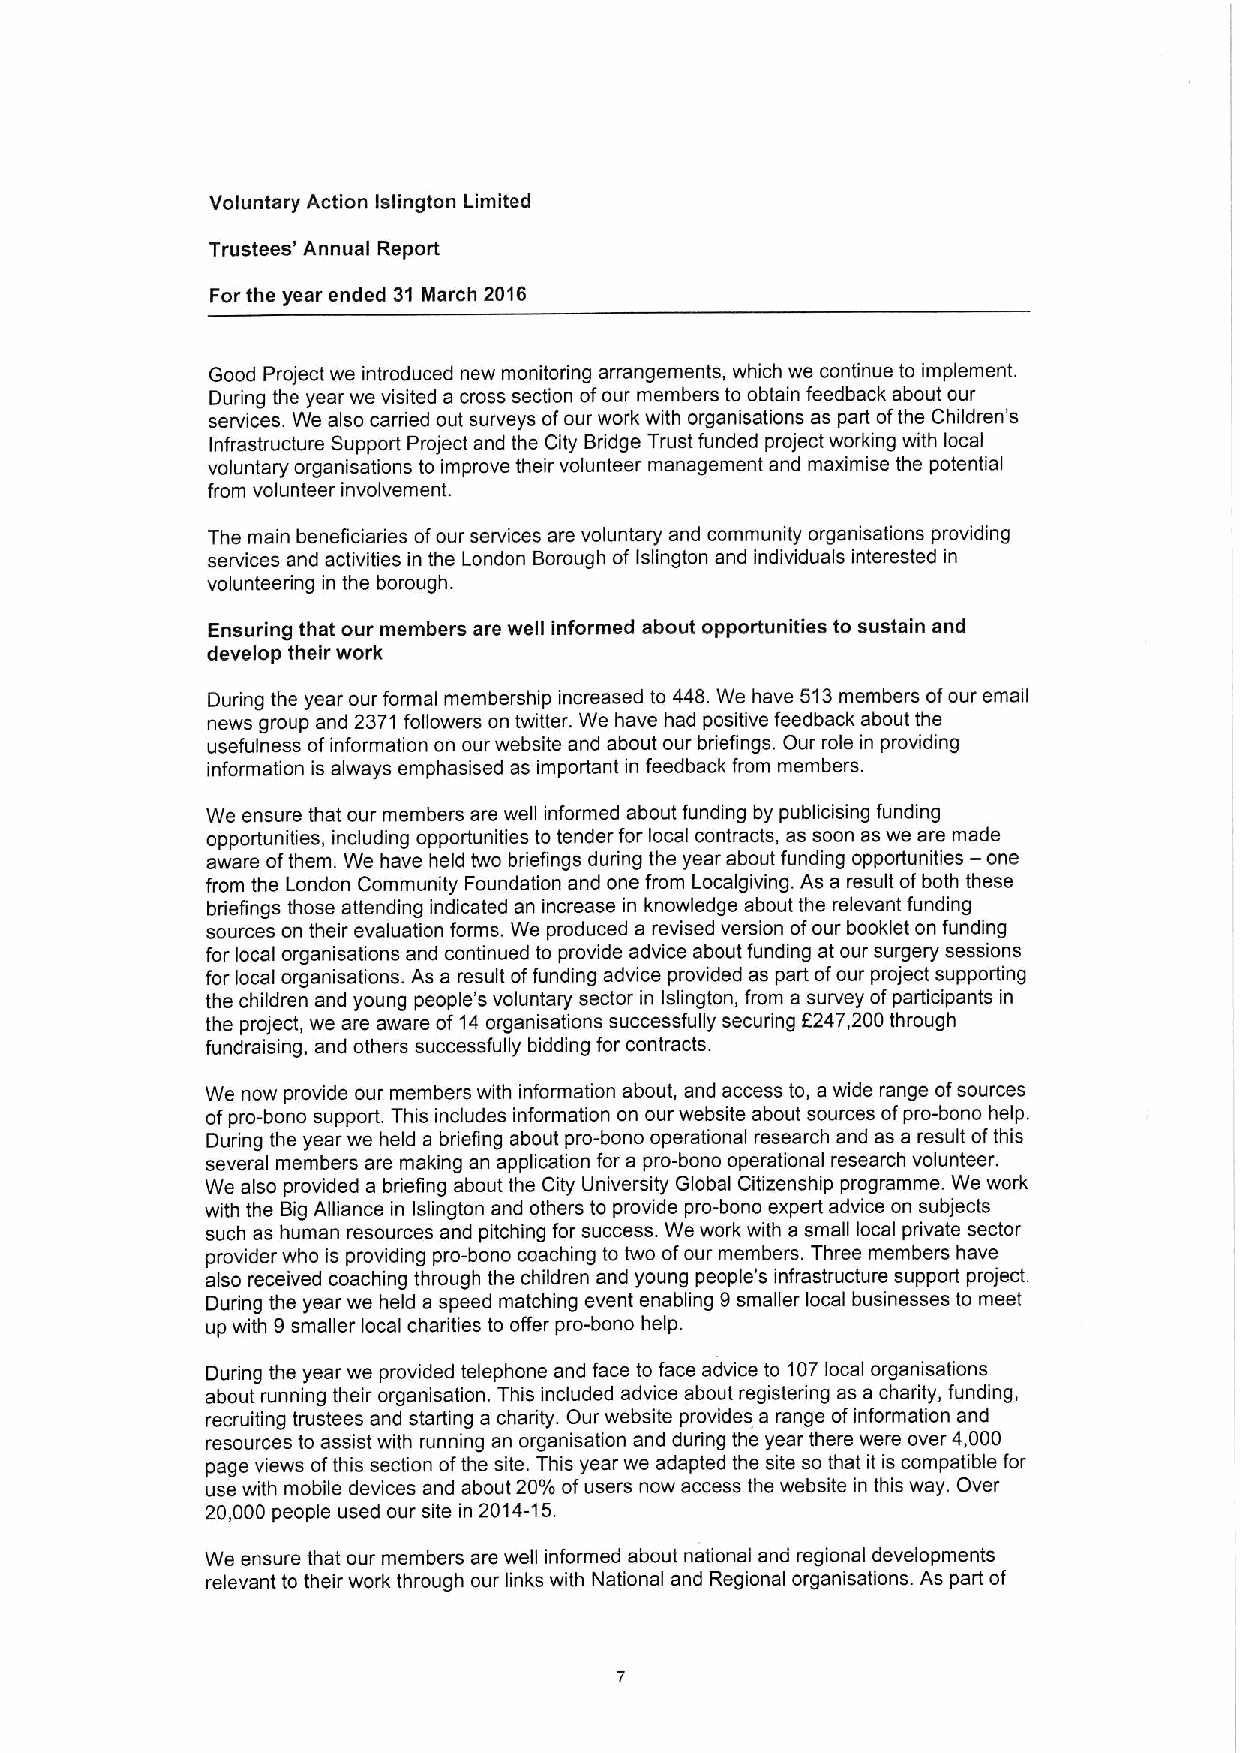
Voluntary Action Islington Limited
 Trustees' Annual Report
 For the year ended 31 March 2016
 Good Project we introduced new monitoring arrangements, which we continue to implement.
 During the year we visited a cross section ofour members to obtain feedback about our
 services. We also carried out surveys ofour work with organisations as part ofthe Children' s
 Infrastructure Support Project and the City Bridge Trust funded project working with local
 voluntary organisations to improve their volunteer management and maximise the potential
 from volunteer involvement.
 The main beneficiaries ofour services are voluntary and community organisations providing
 services and activities in the London Borough of Islington and individuals interested in
 volunteering in the borough.
 Ensuring that our members are well informed about opportunities to sustain and
 develop their work
 During the year our formal membership increased to 448.We have 513members ofour email
 news group and 2371 followers on twitter. We have had positive feedback about the
 usefulness ofinformation on our website and about our briefings. Our role in providing
 information is always emphasised as important in feedback from members.
 We ensure that our members are well informed about funding by publicising funding
 opportunities, including opportunities to tender for local contracts, as soon as we are made
 aware ofthem. We have held two briefings during the year about funding opportunities
 —one
 from the London Community Foundation and one from Localgiving. As a result ofboth these
 briefings those attending indicated an increase in knowledge about the relevant funding
 sources on their evaluation forms. We produced a revised version ofour booklet on funding
 for local organisations and continued to provide advice about funding at our surgery sessions
 for local organisations. As a result offunding advice provided as part ofour project supporting
 the children and young people's voluntary sector in Islington, from a survey ofparticipants in
 the project, we are aware of14organisations successfully securing f247,200through
 fundraising, and others successfully bidding for contracts.
 We now provide our members with information about, and access to, a wide range ofsources
 ofpro-bono support. This includes information on our website about sources ofpro-bono help.
 During the year we held a briefing about pro-bono operational research and as a result ofthis
 several members are making an application for a pro-bono operational research volunteer.
 We also provided a briefing about the City University Global Citizenship programme. We work
 with the Big Alliance in Islington and others to provide pro-bono expert advice on subjects
 such as human resources and pitching for success. We work with a small local private sector
 provider who is providing pro-bono coaching to two ofour members. Three members have
 also received coaching through the children and young people's infrastructure support project.
 During the year we held a speed matching event enabling 9smaller local businesses to meet
 up with 9smaller local charities to offer pro-bono help.
 During the year we provided telephone and face to face advice to 107local organisations
 about running their organisation. This included advice about registering as a charity, funding,
 recruiting trustees and starting a charity. Our website provides a range ofinformation and
 resources to assist with running an organisation and during the year there were over 4,000
 page views ofthis section ofthe site. This year we adapted the site so that it is compatible for
 use with mobile devices and about 20'k ofusers now access the website in this way. Over
 20,000 people used our site in 2014-15.
 We ensure that our members are weil informed about national and regional developments
 relevant to their work through our links with National and Regional organisations. As part of